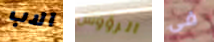
الاب الرؤوس فى